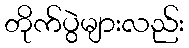
တိုက်ပွဲများလည်း